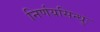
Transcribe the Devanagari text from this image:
निर्णयसिन्धुः